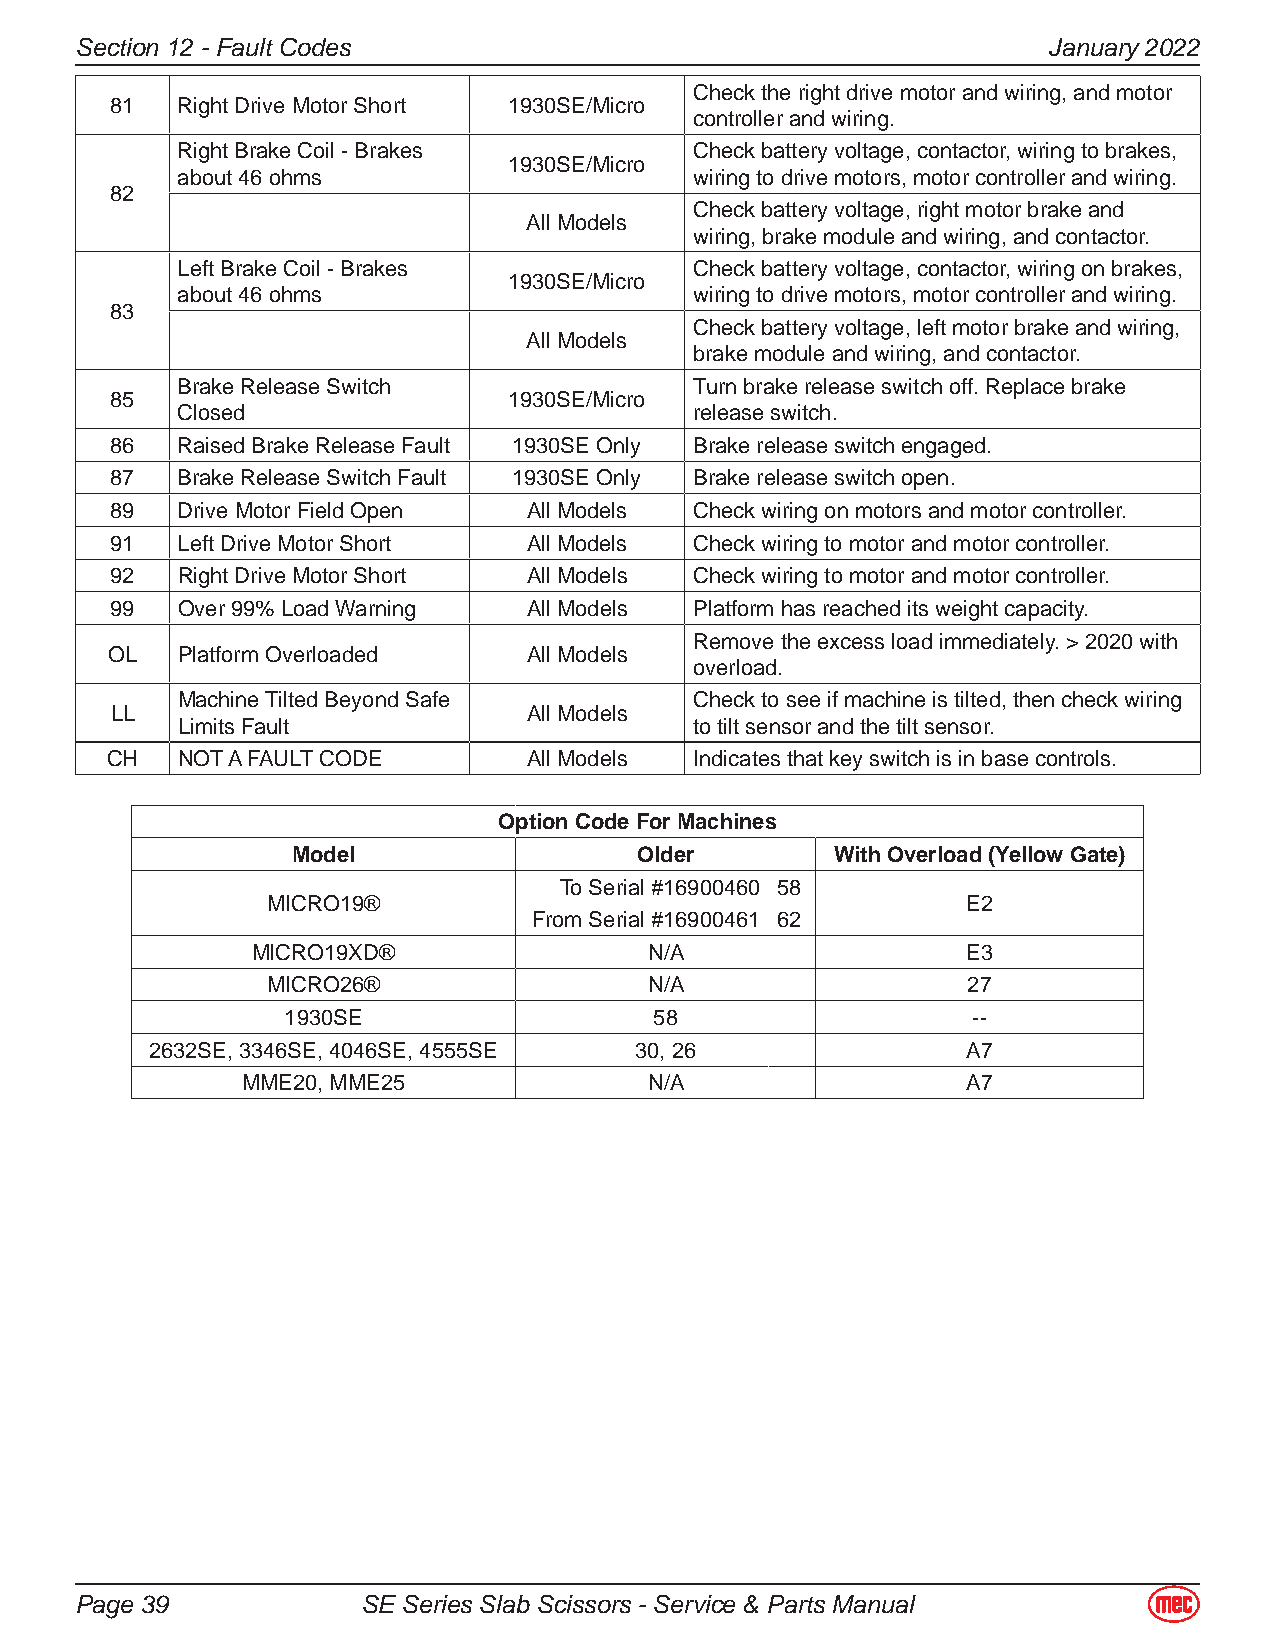
Secton 12 - Fault Codes                                        January 2022
 Check the right drive motor and wiring, and motor
 81   Right Drive Motor Short 1930SE/Micro
 controller and wiring.
 Right Brake Coil - Brakes         Check battery voltage, contactor, wiring to brakes,
 1930SE/Micro
 about 46 ohms                     wiring to drive motors, motor controller and wiring.
 82
 Check battery voltage, right motor brake and
 All Models
 wiring, brake module and wiring, and contactor.
 Left Brake Coil - Brakes          Check battery voltage, contactor, wiring on brakes,
 1930SE/Micro
 about 46 ohms                     wiring to drive motors, motor controller and wiring.
 83
 Check battery voltage, left motor brake and wiring,
 All Models
 brake module and wiring, and contactor.
 Brake Release Switch              Turn brake release switch off. Replace brake
 85                         1930SE/Micro
 Closed                            release switch.
 86   Raised Brake Release Fault 1930SE Only Brake release switch engaged.
 87   Brake Release Switch Fault 1930SE Only Brake release switch open.
 89   Drive Motor Field Open All Models Check wiring on motors and motor controller.
 91   Left Drive Motor Short All Models Check wiring to motor and motor controller.
 92   Right Drive Motor Short All Models Check wiring to motor and motor controller.
 99   Over 99% Load Warning  All Models Platform has reached its weight capacity.
 Remove the excess load immediately. > 2020 with
 OL   Platform Overloaded    All Models
 overload.
 Machine Tilted Beyond Safe        Check to see if machine is tilted, then check wiring
 LL                          All Models
 Limits Fault                      to tilt sensor and the tilt sensor.
 CH   NOT A FAULT CODE       All Models Indicates that key switch is in base controls.
 Option Code For Machines
 Model                  Older        With Overload (Yellow Gate)
 To Serial #16900460 58
 MICRO19®                                      E2
 From Serial #16900461 62
 MICRO19XD®                N/A                  E3
 MICRO26®                 N/A                  27
 1930SE                  58                   --
 2632SE, 3346SE, 4046SE, 4555SE  30, 26                A7
 MME20, MME25               N/A                  A7
 Page 39            SE Seres Slab Scssors - Servce & Parts Manual